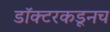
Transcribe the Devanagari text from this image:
डॉक्टरकडूनच